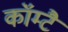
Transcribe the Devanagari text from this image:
कॉम्टै